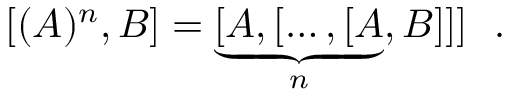
[ ( A ) ^ { n } , B ] = \underbrace { [ A , [ \ldots , [ A } _ { n } , B ] ] ] ~ ~ .